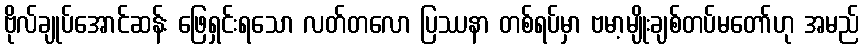
ဗိုလ်ချုပ်အောင်ဆန်း ဖြေရှင်းရသော လတ်တလော ပြဿနာ တစ်ရပ်မှာ ဗမာ့မျိုးချစ်တပ်မတော်ဟု အမည်